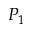
P _ { 1 }